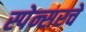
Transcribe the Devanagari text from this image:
स्पेन्सरचे